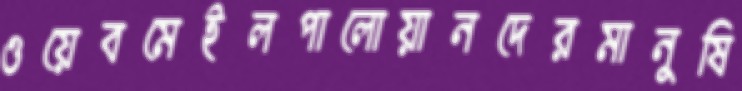
ওয়েবমেইলপালোয়ানদেরমানুষি